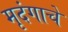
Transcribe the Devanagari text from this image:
मृदंगाचे